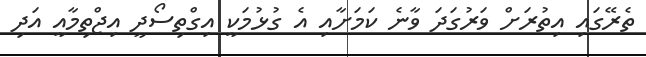
ތެރޭގައި އިތުރަށް ވަރުގަދަ ވާނެ ކަމަށާއި އެ ގުޅުމަކީ އިގްތިސޯދީ އިޖްތިމާއީ އަދި